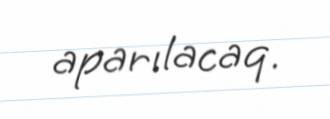
aparılacaq.